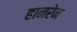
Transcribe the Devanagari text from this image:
हानरेन